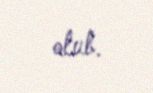
olub.